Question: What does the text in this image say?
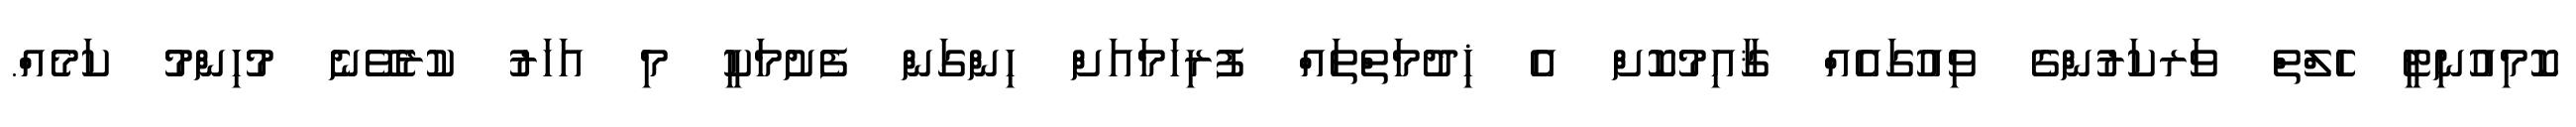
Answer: ކޮމިއުނިޓީ ހެލްތް ވަރކަރުންގެ ވިއުގައެއް ޤާއިމުކޮށް އެ ޚިދުމަތްތައް ފުރިހަމައަށް ހިންގަން ފެށުމަކީ މި އަހަރު ކުރެވޭނެ މުހިންމު ކަމެއް.